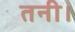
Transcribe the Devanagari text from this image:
तनी।